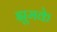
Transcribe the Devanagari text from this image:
झूमके